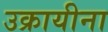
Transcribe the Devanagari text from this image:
उक्रायीना